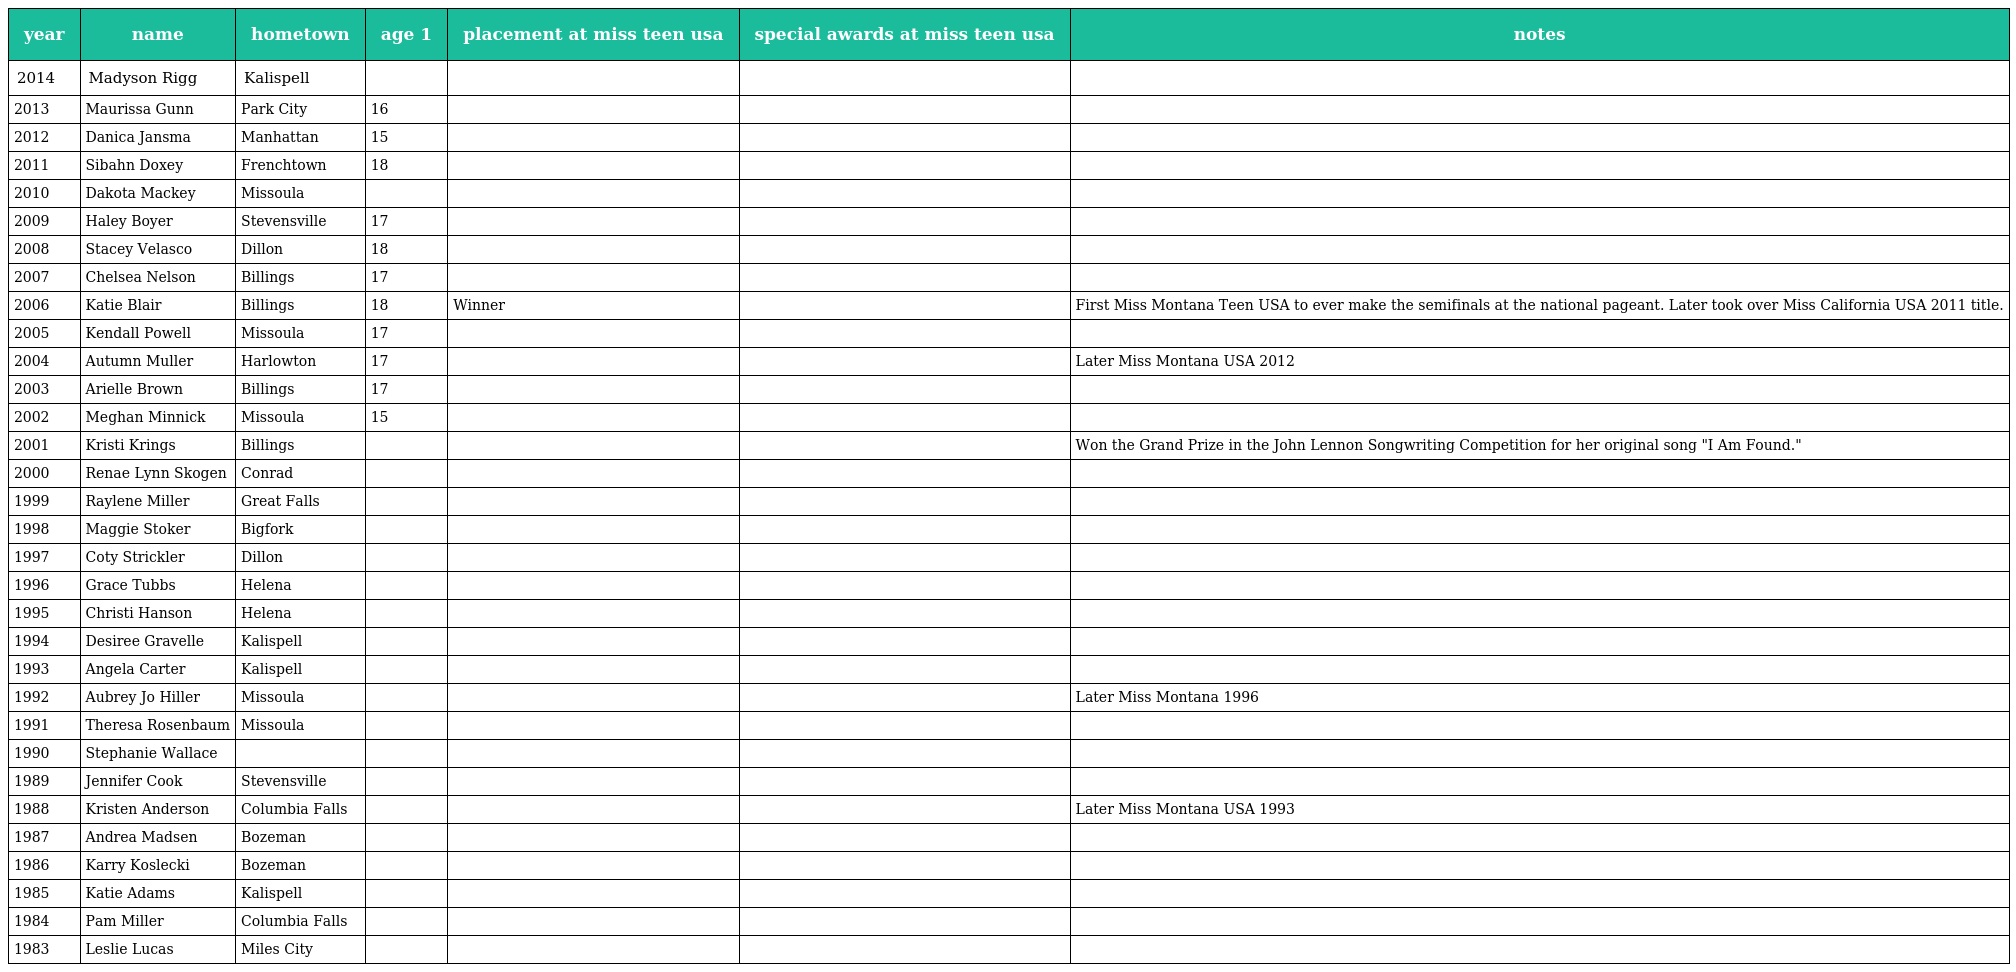
| year | name | hometown | age 1 | placement at miss teen usa | special awards at miss teen usa | notes |
 | --- | --- | --- | --- | --- | --- | --- |
 | 2014 | Madyson Rigg | Kalispell |  |  |  |  |
 | 2013 | Maurissa Gunn | Park City | 16 |  |  |  |
 | 2012 | Danica Jansma | Manhattan | 15 |  |  |  |
 | 2011 | Sibahn Doxey | Frenchtown | 18 |  |  |  |
 | 2010 | Dakota Mackey | Missoula |  |  |  |  |
 | 2009 | Haley Boyer | Stevensville | 17 |  |  |  |
 | 2008 | Stacey Velasco | Dillon | 18 |  |  |  |
 | 2007 | Chelsea Nelson | Billings | 17 |  |  |  |
 | 2006 | Katie Blair | Billings | 18 | Winner |  | First Miss Montana Teen USA to ever make the semifinals at the national pageant. Later took over Miss California USA 2011 title. |
 | 2005 | Kendall Powell | Missoula | 17 |  |  |  |
 | 2004 | Autumn Muller | Harlowton | 17 |  |  | Later Miss Montana USA 2012 |
 | 2003 | Arielle Brown | Billings | 17 |  |  |  |
 | 2002 | Meghan Minnick | Missoula | 15 |  |  |  |
 | 2001 | Kristi Krings | Billings |  |  |  | Won the Grand Prize in the John Lennon Songwriting Competition for her original song "I Am Found." |
 | 2000 | Renae Lynn Skogen | Conrad |  |  |  |  |
 | 1999 | Raylene Miller | Great Falls |  |  |  |  |
 | 1998 | Maggie Stoker | Bigfork |  |  |  |  |
 | 1997 | Coty Strickler | Dillon |  |  |  |  |
 | 1996 | Grace Tubbs | Helena |  |  |  |  |
 | 1995 | Christi Hanson | Helena |  |  |  |  |
 | 1994 | Desiree Gravelle | Kalispell |  |  |  |  |
 | 1993 | Angela Carter | Kalispell |  |  |  |  |
 | 1992 | Aubrey Jo Hiller | Missoula |  |  |  | Later Miss Montana 1996 |
 | 1991 | Theresa Rosenbaum | Missoula |  |  |  |  |
 | 1990 | Stephanie Wallace |  |  |  |  |  |
 | 1989 | Jennifer Cook | Stevensville |  |  |  |  |
 | 1988 | Kristen Anderson | Columbia Falls |  |  |  | Later Miss Montana USA 1993 |
 | 1987 | Andrea Madsen | Bozeman |  |  |  |  |
 | 1986 | Karry Koslecki | Bozeman |  |  |  |  |
 | 1985 | Katie Adams | Kalispell |  |  |  |  |
 | 1984 | Pam Miller | Columbia Falls |  |  |  |  |
 | 1983 | Leslie Lucas | Miles City |  |  |  |  |